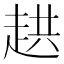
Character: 𮚸